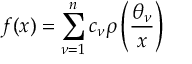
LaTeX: f ( x ) = \sum _ { \nu = 1 } ^ { n } c _ { \nu } \rho \left( { \frac { \theta _ { \nu } } { x } } \right)